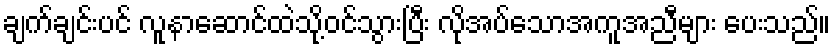
ချက်ချင်းပင် လူနာဆောင်ထဲသို့ဝင်သွားပြီး လိုအပ်သောအကူအညီများ ပေးသည်။